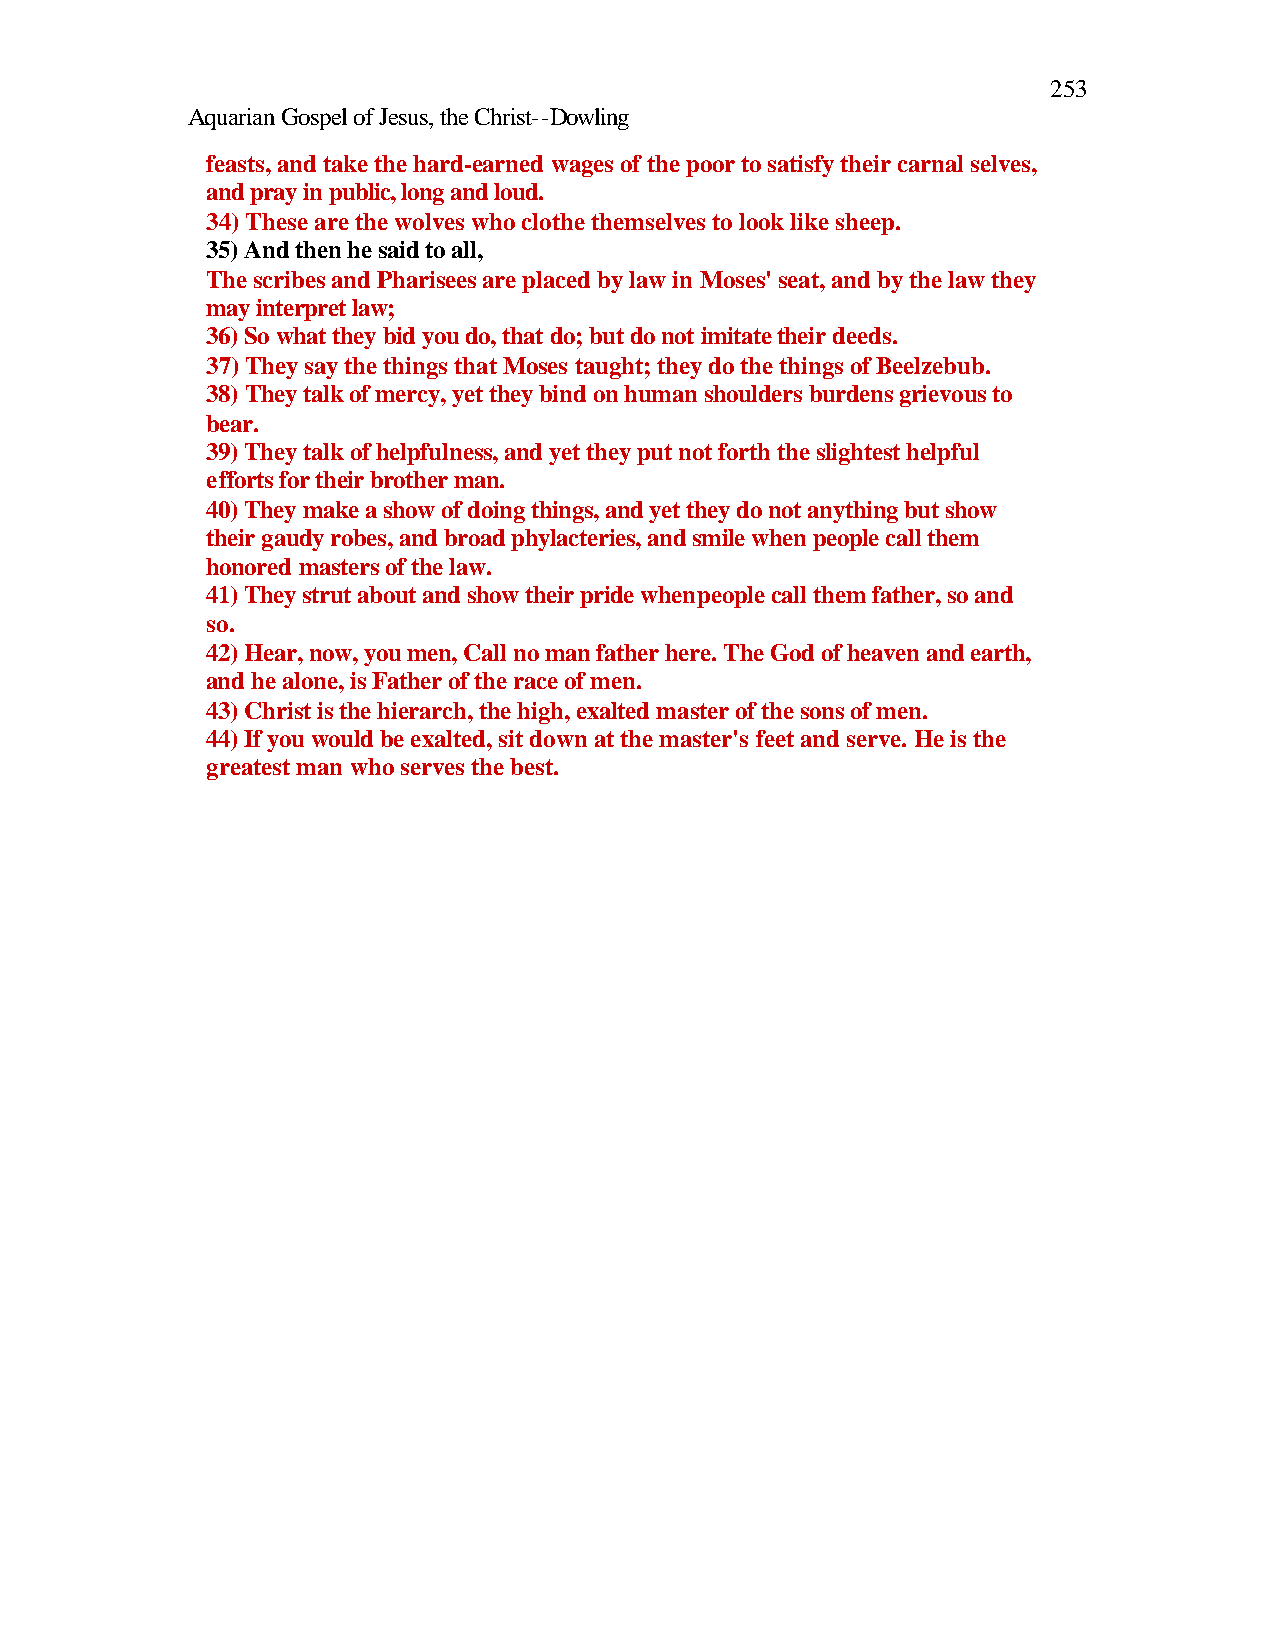
253
 Aquarian Gospel of Jesus, the Christ--Dowling
 feasts, and take the hard-earned wages of the poor to satisfy their carnal selves,
 and pray in public, long and loud.
 34) These are the wolves who clothe themselves to look like sheep.
 35) And then he said to all,
 The scribes and Pharisees are placed by law in Moses' seat, and by the law they
 may interpret law;
 36) So what they bid you do, that do; but do not imitate their deeds.
 37) They say the things that Moses taught; they do the things of Beelzebub.
 38) They talk of mercy, yet they bind on human shoulders burdens grievous to
 bear.
 39) They talk of helpfulness, and yet they put not forth the slightest helpful
 efforts for their brother man.
 40) They make a show of doing things, and yet they do not anything but show
 their gaudy robes, and broad phylacteries, and smile when people call them
 honored masters of the law.
 41) They strut about and show their pride when people call them father, so and
 so.
 42) Hear, now, you men, Call no man father here. The God of heaven and earth,
 and he alone, is Father of the race of men.
 43) Christ is the hierarch, the high, exalted master of the sons of men.
 44) If you would be exalted, sit down at the master's feet and serve. He is the
 greatest man who serves the best.